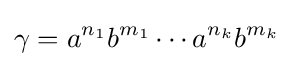
\gamma =a^{n_{1}}b^{m_{1}}\cdots a^{n_{k}}b^{m_{k}}